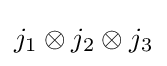
j_{1}\otimes j_{2}\otimes j_{3}